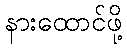
နားထောင်ဖို့